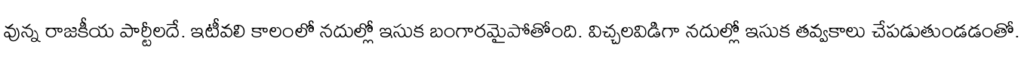
వున్న రాజకీయ పార్టీలదే. ఇటీవలి కాలంలో నదుల్లో ఇసుక బంగారమైపోతోంది. విచ్చలవిడిగా నదుల్లో ఇసుక తవ్వకాలు చేపడుతుండడంతో.